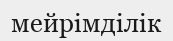
мейрімділік